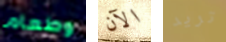
وطعام الآن تريد